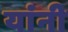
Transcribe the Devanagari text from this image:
यांंनी